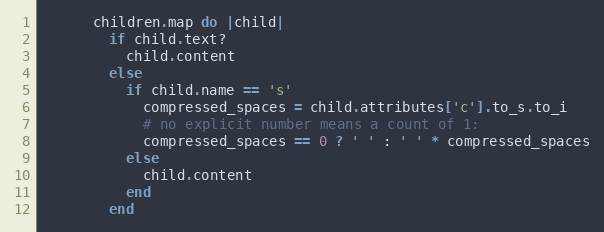
Language: Ruby
      children.map do |child|
        if child.text?
          child.content
        else
          if child.name == 's'
            compressed_spaces = child.attributes['c'].to_s.to_i
            # no explicit number means a count of 1:
            compressed_spaces == 0 ? ' ' : ' ' * compressed_spaces
          else
            child.content
          end
        end